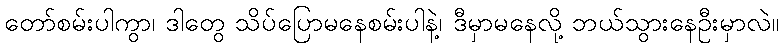
တော်စမ်းပါကွာ၊ ဒါတွေ သိပ်ပြောမနေစမ်းပါနဲ့၊ ဒီမှာမနေလို့ ဘယ်သွားနေဦးမှာလဲ။